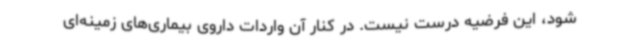
شود، این فرضیه درست نیست. در کنار آن واردات داروی بیماری‌های زمینه‌ای